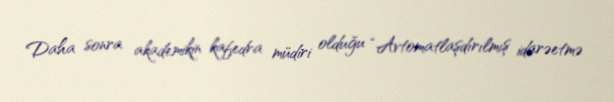
Daha sonra akademikin kafedra müdiri olduğu “Avtomatlaşdırılmış idarəetmə